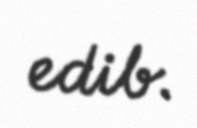
edib.